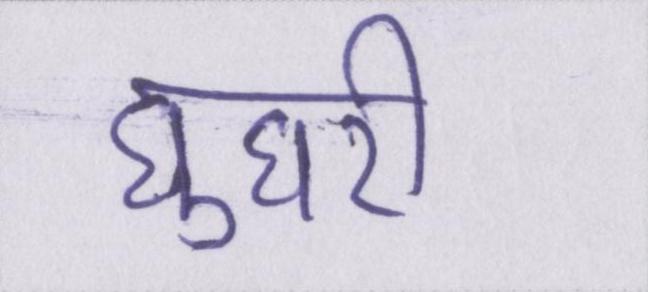
घुघरी